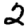
Digit: 2